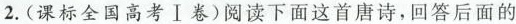
2.(课标全国高考Ⅰ卷)阅读下面这首唐诗，回答后面的